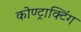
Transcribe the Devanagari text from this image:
कोण्ट्राक्टिंग